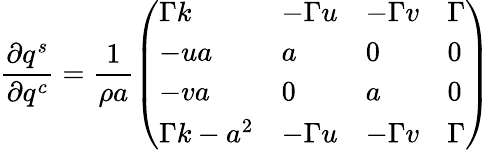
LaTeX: \frac{\partial q^{s}}{\partial q^{c}}=\frac{1}{\rho a}\left(\begin{array}{llll}{\Gamma k}&{-\Gamma u}&{-\Gamma v}&{\Gamma}\\ {-ua}&{a}&{0}&{0}\\ {-va}&{0}&{a}&{0}\\ {\Gamma k-a^{2}}&{-\Gamma u}&{-\Gamma v}&{\Gamma}\end{array}\right)